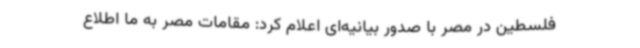
فلسطین در مصر با صدور بیانیه‌ای اعلام کرد: مقامات مصر به ما اطلاع